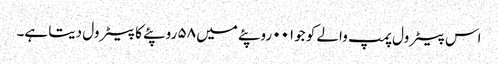
اس پیٹرول پمپ والے کو جو۰۰۱ روپئے میں ۵۸ روپئے کا پیٹرول دیتا ہے۔